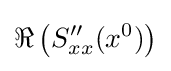
\Re \left(S_{xx}''(x^{0})\right)